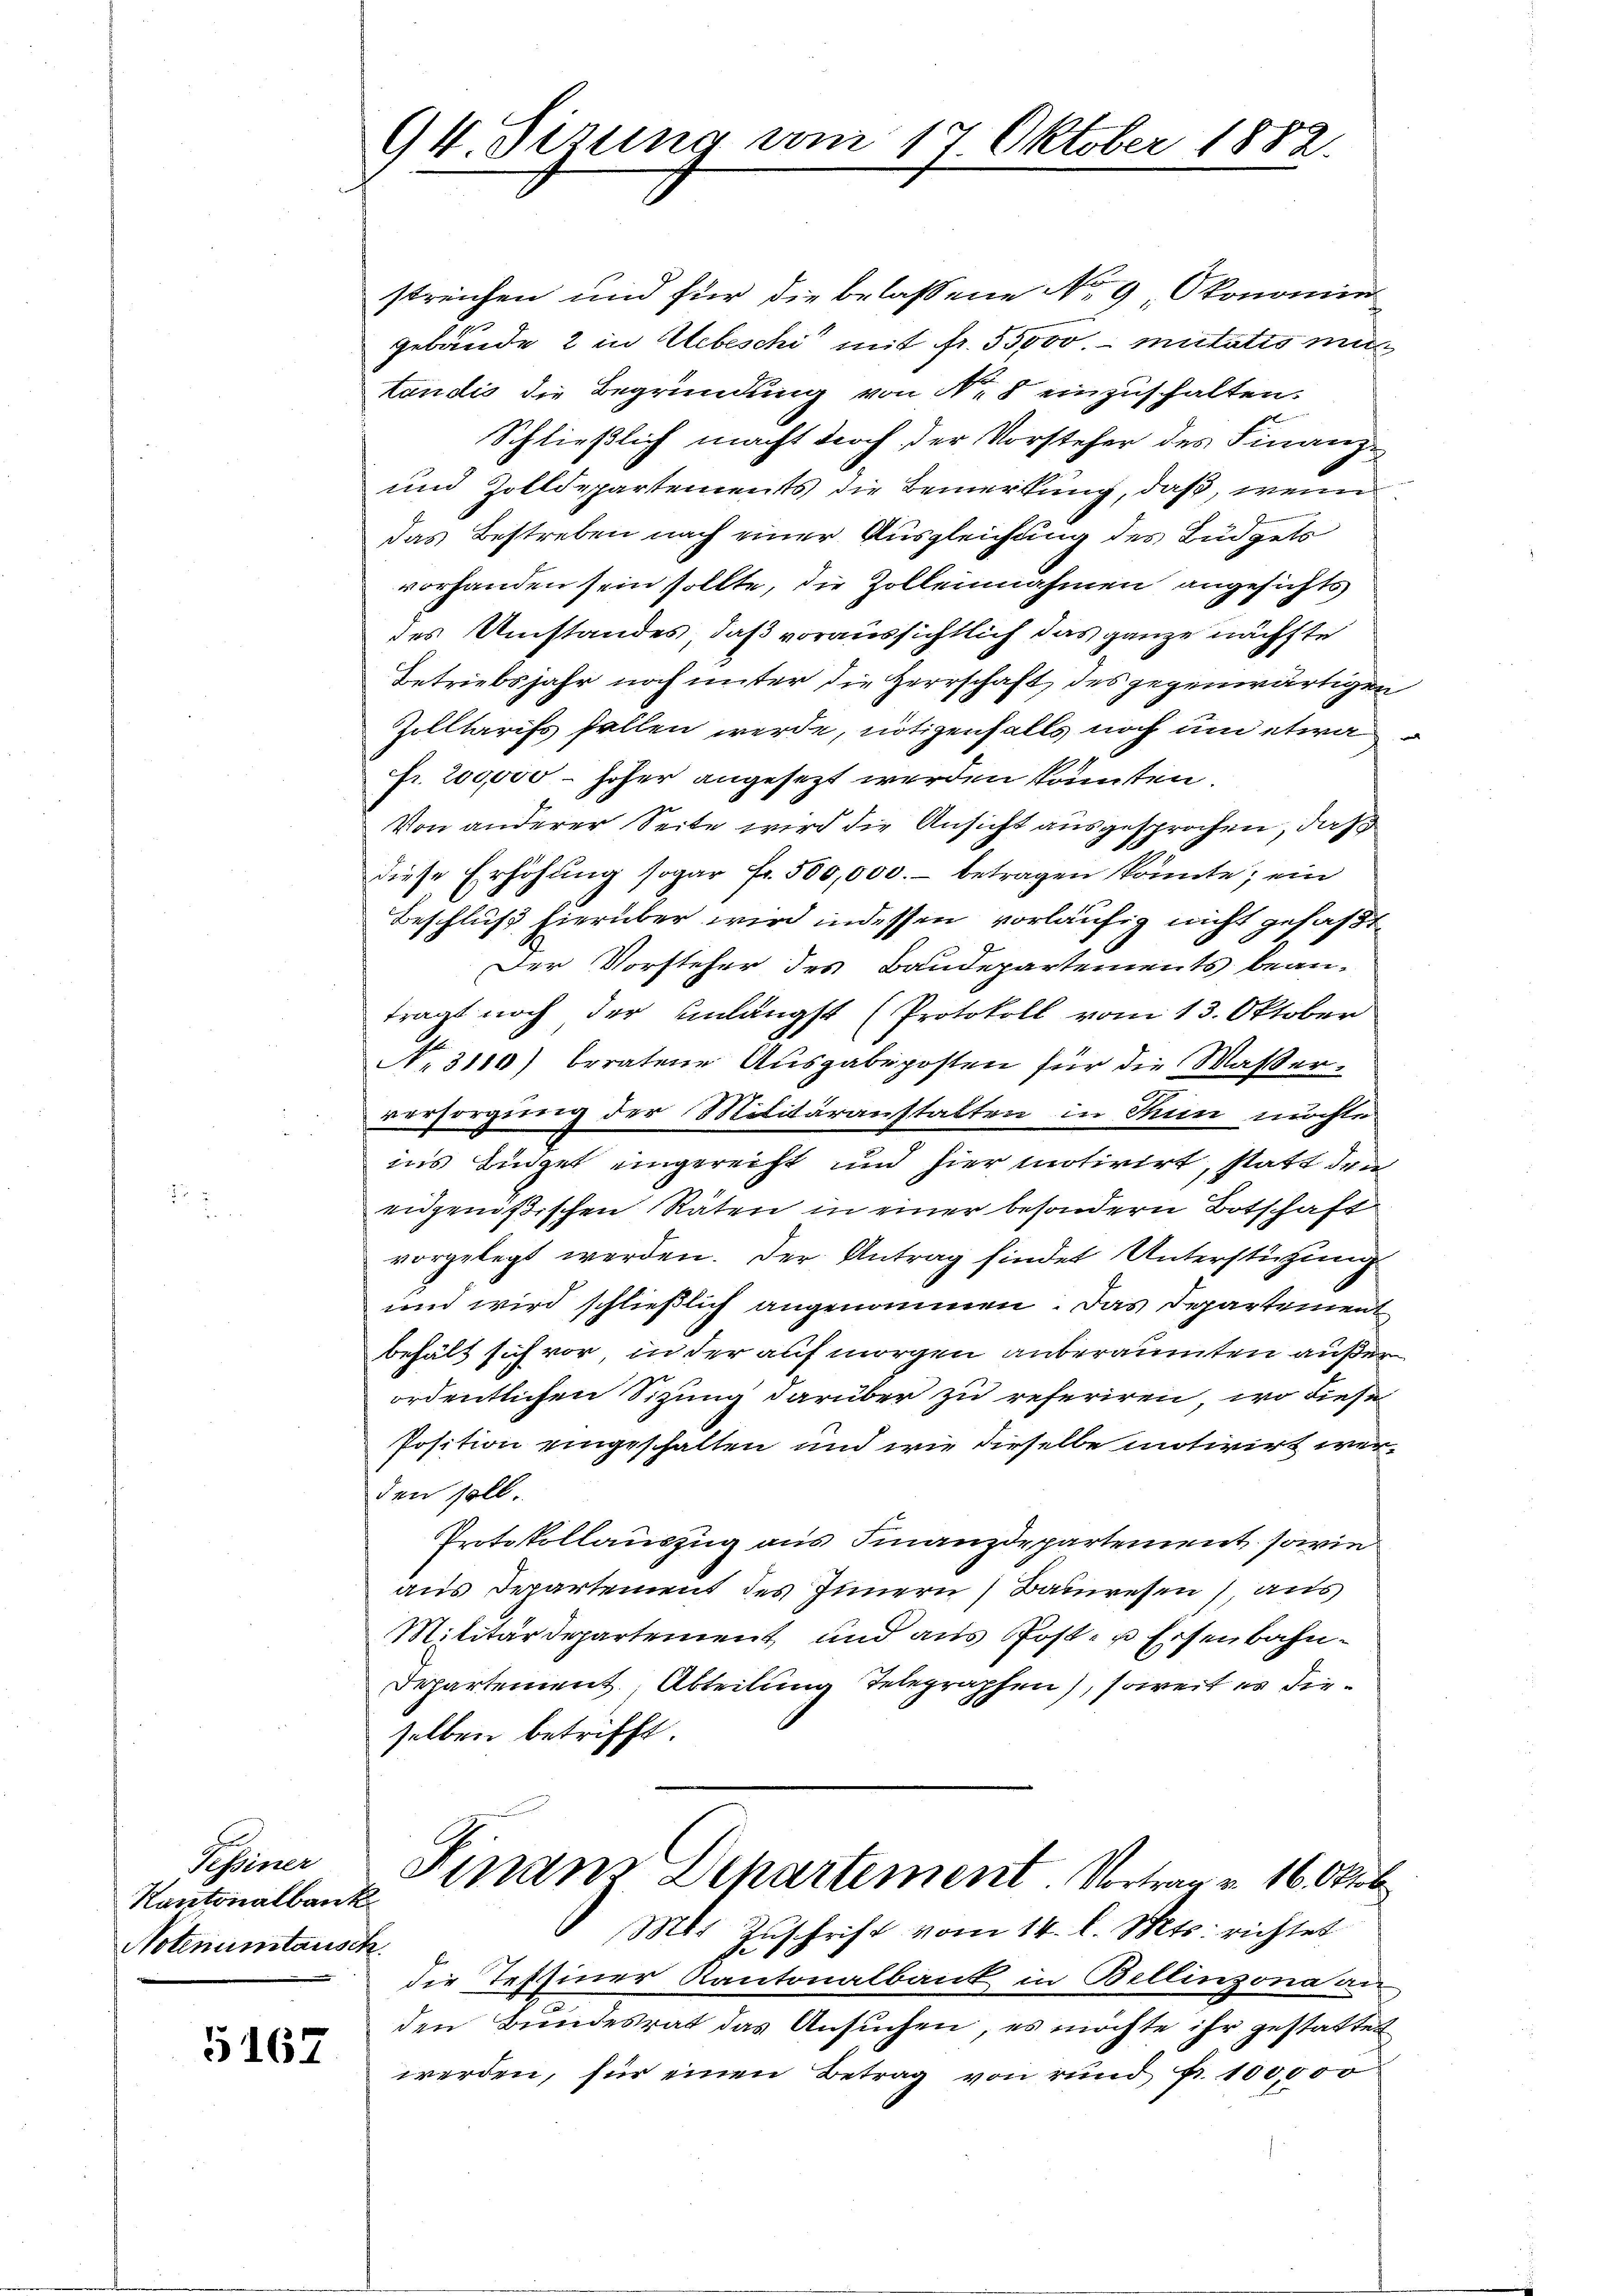
Tessiner
Kantonalbank
Notenumtausch.

5167

94. Sizung vom 17. Oktober 1882.

streichen und für die belassene No 9, Okonomie
gebäude 2 in Uebeschi mit fr. 55000. mitatis mi
tändis die Begründung von No 8 einzuschalten.
Schließlich macht durch der Vorsteher des Finanz-
und Zolldepartements die Bemerkung, daß, wenn
das Bestreben nach einer Ausgleichung des Budgets
vorhanden sein sollte, die Zolleinahmen angesichts
des Umstandes, daß voraussichtlich das ganze nächste
Betriebsjahr noch unter die Herrschaft des gegenwärtigen
Zolltarifs fallen werde, nötigenfalls noch um etwa
fr. 200,000 - höher angesezt werden könnten.
Von anderer Seite wird die Ansicht ausgesprochen, daß
diese Erhöhung sogar fr. 500,000.- betragen könnte; ein
Beschluß hierüber wird indessen vorläufig nicht gefaßt
Der Vorsteher des Baudepartements bean-
trägt noch der unlängst (Protokoll vom 13. Oktober
No 3110) beratene Ausgabeposten für die Waßerversorgung der Militäranstalten in Thun möchte
in’s Büdget eingereicht und hier motivirt, statt den
eidgenößischen Räten in einer besondern Botschaft
vorgelegt werden. Der Antrag findet Unterstützung
und wird schließlich angenommen. Das Departement
behält sich vor, inder auf morgen anberaumten außer
ordentlichen Sitzung darüber zu referiren, wo diese
Position eingeschalten und wie dieselbe motivirt werden soll.
ntokollauszug aus Finanzdepartement, sowie
aus Departement des Innern Bauwesen), aus
Militärdepartement und aus Post- u Eisenbahn¬
Departement, Abteilung Telegraphen, soweit es dieselben betrifft
Finanz Departement. Vortrag v. 16. Oktob
Mit Zŭschrift vom 14. l. Mts. richtet
die Tessiner Kantonalbank in Bellinzona an
den Bundesrat das Ansŭchen, es möchte ihr gestattet
werden, für einen Betrag von rund fr. 100,000